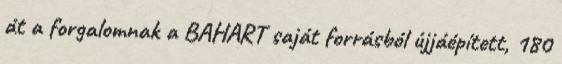
át a forgalomnak a BAHART saját forrásból újjáépített, 180